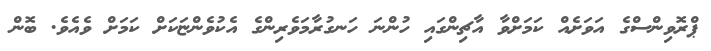
ޕްރޮވިންސްގެ އަވަށެއް ކަމަށްވާ އާޗިންގައި ހުންނަ ހަނގުރާމަވެރިންގެ އެކުވެންޏަކަށް ކަމަށް ވެއެވެ. ބޮން